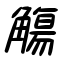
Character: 觴